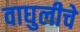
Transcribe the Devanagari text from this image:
वाघुलीचे